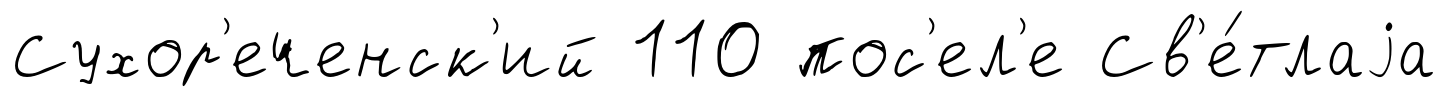
Сухор'еченск'ий 110 пос'ел'е Св'е́тлаjа